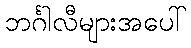
ဘင်္ဂါလီများအပေါ်